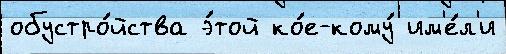
обустро́йства э́той ко́е-кому́ им'е́л'и